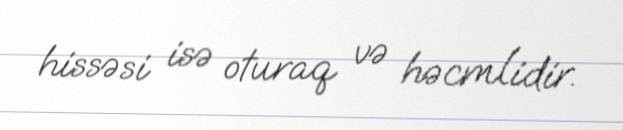
hissəsi isə oturaq və həcmlidir.